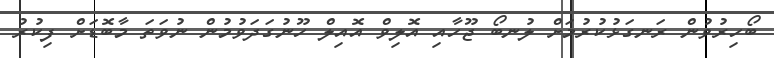
ބޯހިރުވުން ރަނގަޅުކުރުމަށް ލުނބޯ ޖޫހާއި އޮލިވް އޮއިލް ހޫނުގަދަވުމުން ނުވަތަ މާބޮޑަށް ފިކުރު